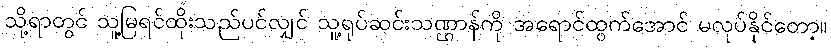
သို့ရာတွင် သူ့မြရင်ထိုးသည်ပင်လျှင် သူ့ရုပ်ဆင်းသဏ္ဌာန်ကို အရောင်ထွက်အောင် မလုပ်နိုင်တော့။